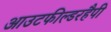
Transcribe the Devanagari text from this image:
आउटफील्डरहैपी